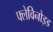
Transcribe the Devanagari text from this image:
फ्लेविनोइड